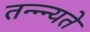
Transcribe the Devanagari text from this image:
तन्न्न्यते